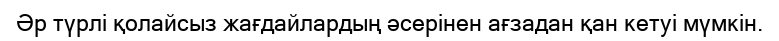
Әр түрлі қолайсыз жағдайлардың әсерінен ағзадан қан кетуі мүмкін.